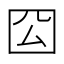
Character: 𭍛